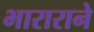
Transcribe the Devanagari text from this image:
भाराराने